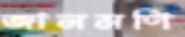
জানমণি